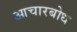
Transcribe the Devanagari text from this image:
आचारबोध